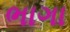
ભાગા